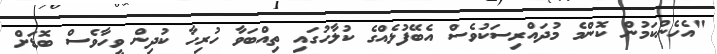
"އެހެންކަމުން ކޮންމެ މުދައްރިސަކުވެސް އެބޭފުޅެއްގެ ކުލާހުގައި ތިއްބަވާ ހުރިހާ ކުދިން ވީހާވެސް ބޮޑަށް